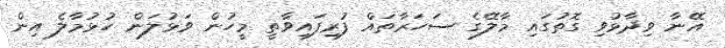
އޭނާ ވިދާޅުވި ގޮތުގައި މާލޭގެ ސަހަރާތައް ފުރިފައިވާތީ މީހުން ވަޅުލަން ހުޅުމާލެ އިން